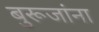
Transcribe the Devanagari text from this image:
बुरूजांना